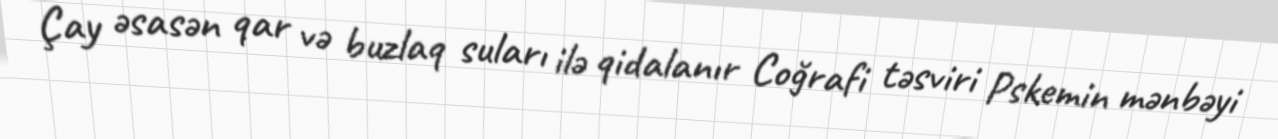
Çay əsasən qar və buzlaq suları ilə qidalanır Coğrafi təsviri Pskemin mənbəyi